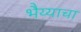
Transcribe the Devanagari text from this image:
भैय्याचा